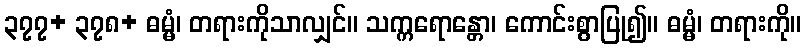
၃၇၇+ ၃၇၈+ ဓမ္မံ၊ တရားကိုသာလျှင်။ သက္ကရောန္တော၊ ကောင်းစွာပြု၍။ ဓမ္မံ၊ တရားကို။